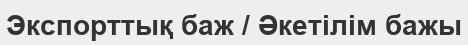
Экспорттық баж / Әкетілім бажы